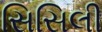
સિસિલી